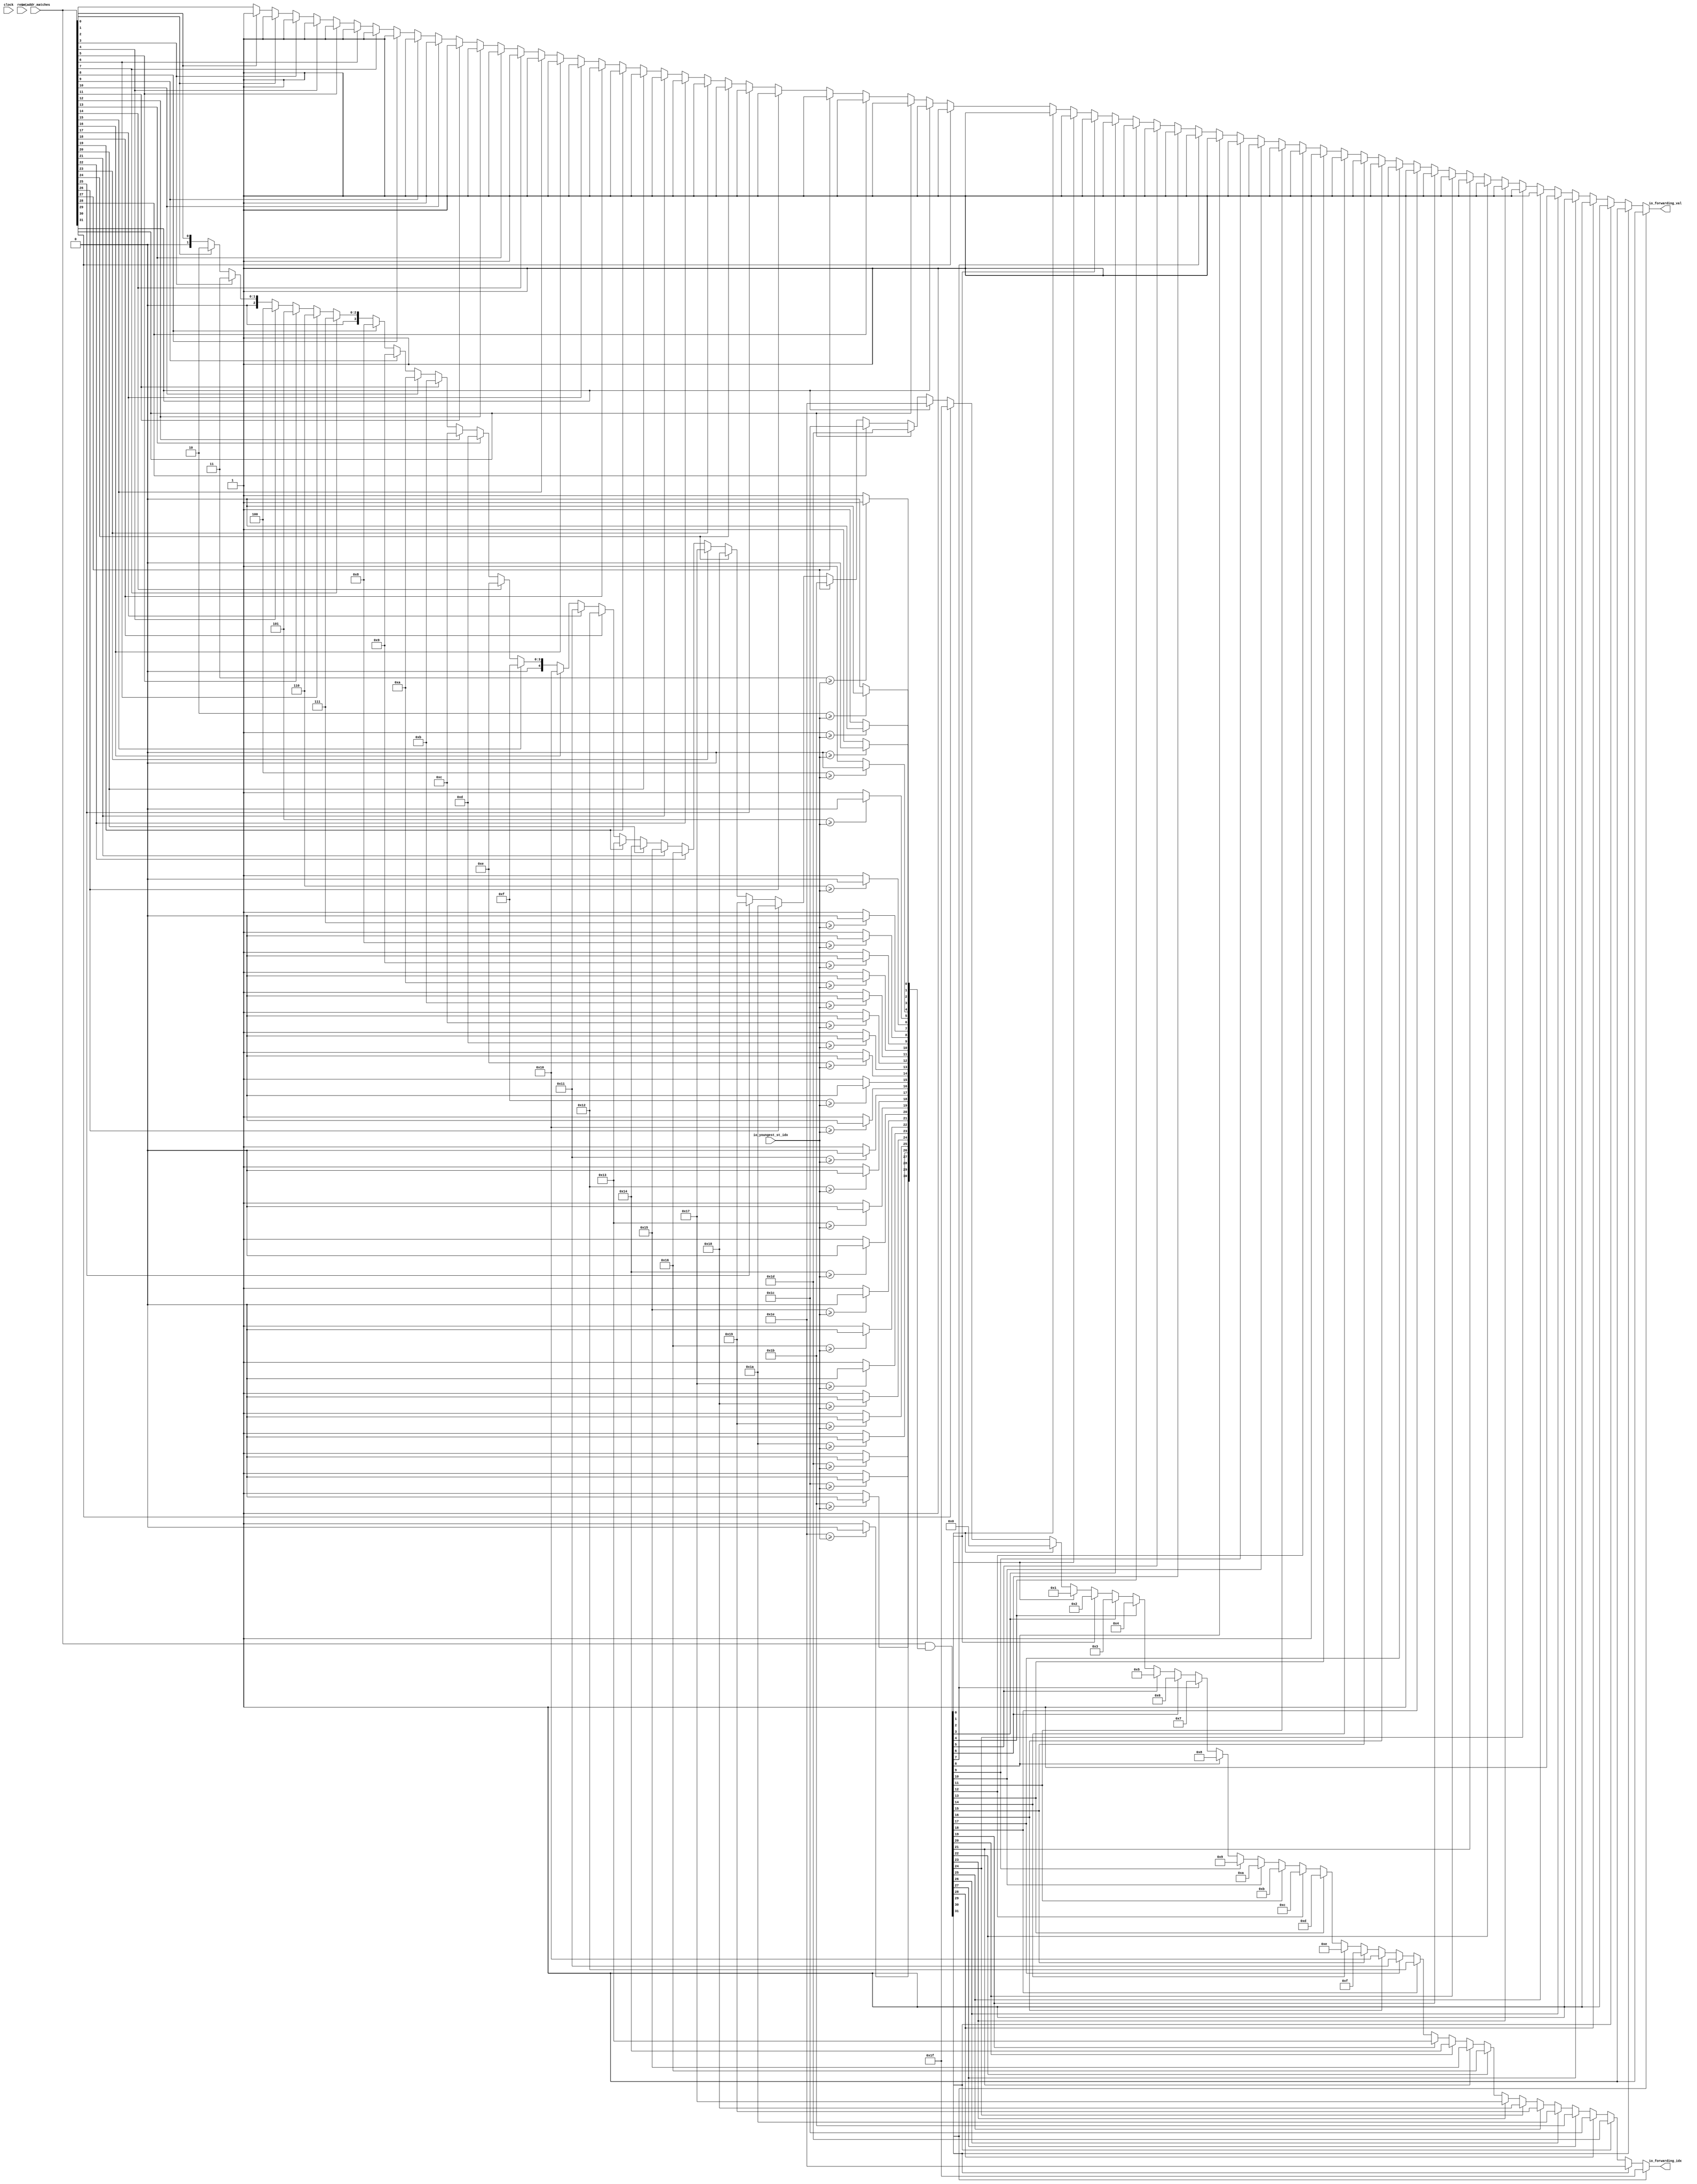
module ForwardingAgeLogic(
  input   clock,
  input   reset,
  input  [31:0] io_addr_matches,
  input  [4:0] io_youngest_st_idx,
  output  io_forwarding_val,
  output [4:0] io_forwarding_idx
);
  wire  age_mask_0;
  wire  age_mask_1;
  wire  age_mask_2;
  wire  age_mask_3;
  wire  age_mask_4;
  wire  age_mask_5;
  wire  age_mask_6;
  wire  age_mask_7;
  wire  age_mask_8;
  wire  age_mask_9;
  wire  age_mask_10;
  wire  age_mask_11;
  wire  age_mask_12;
  wire  age_mask_13;
  wire  age_mask_14;
  wire  age_mask_15;
  wire  age_mask_16;
  wire  age_mask_17;
  wire  age_mask_18;
  wire  age_mask_19;
  wire  age_mask_20;
  wire  age_mask_21;
  wire  age_mask_22;
  wire  age_mask_23;
  wire  age_mask_24;
  wire  age_mask_25;
  wire  age_mask_26;
  wire  age_mask_27;
  wire  age_mask_28;
  wire  age_mask_29;
  wire  age_mask_30;
  wire  age_mask_31;
  wire  _T_18;
  wire  _GEN_0;
  wire  _T_22;
  wire  _GEN_1;
  wire  _T_26;
  wire  _GEN_2;
  wire  _T_30;
  wire  _GEN_3;
  wire  _T_34;
  wire  _GEN_4;
  wire  _T_38;
  wire  _GEN_5;
  wire  _T_42;
  wire  _GEN_6;
  wire  _T_46;
  wire  _GEN_7;
  wire  _T_50;
  wire  _GEN_8;
  wire  _T_54;
  wire  _GEN_9;
  wire  _T_58;
  wire  _GEN_10;
  wire  _T_62;
  wire  _GEN_11;
  wire  _T_66;
  wire  _GEN_12;
  wire  _T_70;
  wire  _GEN_13;
  wire  _T_74;
  wire  _GEN_14;
  wire  _T_78;
  wire  _GEN_15;
  wire  _T_82;
  wire  _GEN_16;
  wire  _T_86;
  wire  _GEN_17;
  wire  _T_90;
  wire  _GEN_18;
  wire  _T_94;
  wire  _GEN_19;
  wire  _T_98;
  wire  _GEN_20;
  wire  _T_102;
  wire  _GEN_21;
  wire  _T_106;
  wire  _GEN_22;
  wire  _T_110;
  wire  _GEN_23;
  wire  _T_114;
  wire  _GEN_24;
  wire  _T_118;
  wire  _GEN_25;
  wire  _T_122;
  wire  _GEN_26;
  wire  _T_126;
  wire  _GEN_27;
  wire  _T_130;
  wire  _GEN_28;
  wire  _T_134;
  wire  _GEN_29;
  wire  _T_138;
  wire  _GEN_30;
  wire [63:0] matches$;
  wire [1:0] _T_145;
  wire [1:0] _T_146;
  wire [3:0] _T_147;
  wire [1:0] _T_148;
  wire [1:0] _T_149;
  wire [3:0] _T_150;
  wire [7:0] _T_151;
  wire [1:0] _T_152;
  wire [1:0] _T_153;
  wire [3:0] _T_154;
  wire [1:0] _T_155;
  wire [1:0] _T_156;
  wire [3:0] _T_157;
  wire [7:0] _T_158;
  wire [15:0] _T_159;
  wire [1:0] _T_160;
  wire [1:0] _T_161;
  wire [3:0] _T_162;
  wire [1:0] _T_163;
  wire [1:0] _T_164;
  wire [3:0] _T_165;
  wire [7:0] _T_166;
  wire [1:0] _T_167;
  wire [1:0] _T_168;
  wire [3:0] _T_169;
  wire [1:0] _T_170;
  wire [1:0] _T_171;
  wire [3:0] _T_172;
  wire [7:0] _T_173;
  wire [15:0] _T_174;
  wire [31:0] _T_175;
  wire [31:0] _T_176;
  wire [63:0] _T_177;
  wire  found_match;
  wire  _T_181;
  wire  _T_184;
  wire  _GEN_34;
  wire  _T_187;
  wire  _GEN_36;
  wire [1:0] _GEN_37;
  wire  _T_190;
  wire  _GEN_38;
  wire [1:0] _GEN_39;
  wire  _T_193;
  wire  _GEN_40;
  wire [2:0] _GEN_41;
  wire  _T_196;
  wire  _GEN_42;
  wire [2:0] _GEN_43;
  wire  _T_199;
  wire  _GEN_44;
  wire [2:0] _GEN_45;
  wire  _T_202;
  wire  _GEN_46;
  wire [2:0] _GEN_47;
  wire  _T_205;
  wire  _GEN_48;
  wire [3:0] _GEN_49;
  wire  _T_208;
  wire  _GEN_50;
  wire [3:0] _GEN_51;
  wire  _T_211;
  wire  _GEN_52;
  wire [3:0] _GEN_53;
  wire  _T_214;
  wire  _GEN_54;
  wire [3:0] _GEN_55;
  wire  _T_217;
  wire  _GEN_56;
  wire [3:0] _GEN_57;
  wire  _T_220;
  wire  _GEN_58;
  wire [3:0] _GEN_59;
  wire  _T_223;
  wire  _GEN_60;
  wire [3:0] _GEN_61;
  wire  _T_226;
  wire  _GEN_62;
  wire [3:0] _GEN_63;
  wire  _T_229;
  wire  _GEN_64;
  wire [4:0] _GEN_65;
  wire  _T_232;
  wire  _GEN_66;
  wire [4:0] _GEN_67;
  wire  _T_235;
  wire  _GEN_68;
  wire [4:0] _GEN_69;
  wire  _T_238;
  wire  _GEN_70;
  wire [4:0] _GEN_71;
  wire  _T_241;
  wire  _GEN_72;
  wire [4:0] _GEN_73;
  wire  _T_244;
  wire  _GEN_74;
  wire [4:0] _GEN_75;
  wire  _T_247;
  wire  _GEN_76;
  wire [4:0] _GEN_77;
  wire  _T_250;
  wire  _GEN_78;
  wire [4:0] _GEN_79;
  wire  _T_253;
  wire  _GEN_80;
  wire [4:0] _GEN_81;
  wire  _T_256;
  wire  _GEN_82;
  wire [4:0] _GEN_83;
  wire  _T_259;
  wire  _GEN_84;
  wire [4:0] _GEN_85;
  wire  _T_262;
  wire  _GEN_86;
  wire [4:0] _GEN_87;
  wire  _T_265;
  wire  _GEN_88;
  wire [4:0] _GEN_89;
  wire  _T_268;
  wire  _GEN_90;
  wire [4:0] _GEN_91;
  wire  _T_271;
  wire  _GEN_92;
  wire [4:0] _GEN_93;
  wire  _T_274;
  wire  _GEN_94;
  wire [4:0] _GEN_95;
  wire  _T_277;
  wire  _GEN_96;
  wire [4:0] _GEN_97;
  wire  _T_280;
  wire  _GEN_98;
  wire [4:0] _GEN_99;
  wire  _T_283;
  wire  _GEN_100;
  wire [4:0] _GEN_101;
  wire  _T_286;
  wire  _GEN_102;
  wire [4:0] _GEN_103;
  wire  _T_289;
  wire  _GEN_104;
  wire [4:0] _GEN_105;
  wire  _T_292;
  wire  _GEN_106;
  wire [4:0] _GEN_107;
  wire  _T_295;
  wire  _GEN_108;
  wire [4:0] _GEN_109;
  wire  _T_298;
  wire  _GEN_110;
  wire [4:0] _GEN_111;
  wire  _T_301;
  wire  _GEN_112;
  wire [4:0] _GEN_113;
  wire  _T_304;
  wire  _GEN_114;
  wire [4:0] _GEN_115;
  wire  _T_307;
  wire  _GEN_116;
  wire [4:0] _GEN_117;
  wire  _T_310;
  wire  _GEN_118;
  wire [4:0] _GEN_119;
  wire  _T_313;
  wire  _GEN_120;
  wire [4:0] _GEN_121;
  wire  _T_316;
  wire  _GEN_122;
  wire [4:0] _GEN_123;
  wire  _T_319;
  wire  _GEN_124;
  wire [4:0] _GEN_125;
  wire  _T_322;
  wire  _GEN_126;
  wire [4:0] _GEN_127;
  wire  _T_325;
  wire  _GEN_128;
  wire [4:0] _GEN_129;
  wire  _T_328;
  wire  _GEN_130;
  wire [4:0] _GEN_131;
  wire  _T_331;
  wire  _GEN_132;
  wire [4:0] _GEN_133;
  wire  _T_334;
  wire  _GEN_134;
  wire [4:0] _GEN_135;
  wire  _T_337;
  wire  _GEN_136;
  wire [4:0] _GEN_137;
  wire  _T_340;
  wire  _GEN_138;
  wire [4:0] _GEN_139;
  wire  _T_343;
  wire  _GEN_140;
  wire [4:0] _GEN_141;
  wire  _T_346;
  wire  _GEN_142;
  wire [4:0] _GEN_143;
  wire  _T_349;
  wire  _GEN_144;
  wire [4:0] _GEN_145;
  wire  _T_352;
  wire  _GEN_146;
  wire [4:0] _GEN_147;
  wire  _T_355;
  wire  _GEN_148;
  wire [4:0] _GEN_149;
  wire  _T_358;
  wire  _GEN_150;
  wire [4:0] _GEN_151;
  wire  _T_361;
  wire  _GEN_152;
  wire [4:0] _GEN_153;
  wire  _T_364;
  wire  _GEN_154;
  wire [4:0] _GEN_155;
  wire  _T_367;
  wire  _GEN_156;
  wire [4:0] _GEN_157;
  wire  _T_370;
  wire  _GEN_158;
  wire [4:0] _GEN_159;
  assign io_forwarding_val = found_match;
  assign io_forwarding_idx = _GEN_159;
  assign age_mask_0 = _GEN_0;
  assign age_mask_1 = _GEN_1;
  assign age_mask_2 = _GEN_2;
  assign age_mask_3 = _GEN_3;
  assign age_mask_4 = _GEN_4;
  assign age_mask_5 = _GEN_5;
  assign age_mask_6 = _GEN_6;
  assign age_mask_7 = _GEN_7;
  assign age_mask_8 = _GEN_8;
  assign age_mask_9 = _GEN_9;
  assign age_mask_10 = _GEN_10;
  assign age_mask_11 = _GEN_11;
  assign age_mask_12 = _GEN_12;
  assign age_mask_13 = _GEN_13;
  assign age_mask_14 = _GEN_14;
  assign age_mask_15 = _GEN_15;
  assign age_mask_16 = _GEN_16;
  assign age_mask_17 = _GEN_17;
  assign age_mask_18 = _GEN_18;
  assign age_mask_19 = _GEN_19;
  assign age_mask_20 = _GEN_20;
  assign age_mask_21 = _GEN_21;
  assign age_mask_22 = _GEN_22;
  assign age_mask_23 = _GEN_23;
  assign age_mask_24 = _GEN_24;
  assign age_mask_25 = _GEN_25;
  assign age_mask_26 = _GEN_26;
  assign age_mask_27 = _GEN_27;
  assign age_mask_28 = _GEN_28;
  assign age_mask_29 = _GEN_29;
  assign age_mask_30 = _GEN_30;
  assign age_mask_31 = 1'h0;
  assign _T_18 = 5'h0 >= io_youngest_st_idx;
  assign _GEN_0 = _T_18 ? 1'h0 : 1'h1;
  assign _T_22 = 5'h1 >= io_youngest_st_idx;
  assign _GEN_1 = _T_22 ? 1'h0 : 1'h1;
  assign _T_26 = 5'h2 >= io_youngest_st_idx;
  assign _GEN_2 = _T_26 ? 1'h0 : 1'h1;
  assign _T_30 = 5'h3 >= io_youngest_st_idx;
  assign _GEN_3 = _T_30 ? 1'h0 : 1'h1;
  assign _T_34 = 5'h4 >= io_youngest_st_idx;
  assign _GEN_4 = _T_34 ? 1'h0 : 1'h1;
  assign _T_38 = 5'h5 >= io_youngest_st_idx;
  assign _GEN_5 = _T_38 ? 1'h0 : 1'h1;
  assign _T_42 = 5'h6 >= io_youngest_st_idx;
  assign _GEN_6 = _T_42 ? 1'h0 : 1'h1;
  assign _T_46 = 5'h7 >= io_youngest_st_idx;
  assign _GEN_7 = _T_46 ? 1'h0 : 1'h1;
  assign _T_50 = 5'h8 >= io_youngest_st_idx;
  assign _GEN_8 = _T_50 ? 1'h0 : 1'h1;
  assign _T_54 = 5'h9 >= io_youngest_st_idx;
  assign _GEN_9 = _T_54 ? 1'h0 : 1'h1;
  assign _T_58 = 5'ha >= io_youngest_st_idx;
  assign _GEN_10 = _T_58 ? 1'h0 : 1'h1;
  assign _T_62 = 5'hb >= io_youngest_st_idx;
  assign _GEN_11 = _T_62 ? 1'h0 : 1'h1;
  assign _T_66 = 5'hc >= io_youngest_st_idx;
  assign _GEN_12 = _T_66 ? 1'h0 : 1'h1;
  assign _T_70 = 5'hd >= io_youngest_st_idx;
  assign _GEN_13 = _T_70 ? 1'h0 : 1'h1;
  assign _T_74 = 5'he >= io_youngest_st_idx;
  assign _GEN_14 = _T_74 ? 1'h0 : 1'h1;
  assign _T_78 = 5'hf >= io_youngest_st_idx;
  assign _GEN_15 = _T_78 ? 1'h0 : 1'h1;
  assign _T_82 = 5'h10 >= io_youngest_st_idx;
  assign _GEN_16 = _T_82 ? 1'h0 : 1'h1;
  assign _T_86 = 5'h11 >= io_youngest_st_idx;
  assign _GEN_17 = _T_86 ? 1'h0 : 1'h1;
  assign _T_90 = 5'h12 >= io_youngest_st_idx;
  assign _GEN_18 = _T_90 ? 1'h0 : 1'h1;
  assign _T_94 = 5'h13 >= io_youngest_st_idx;
  assign _GEN_19 = _T_94 ? 1'h0 : 1'h1;
  assign _T_98 = 5'h14 >= io_youngest_st_idx;
  assign _GEN_20 = _T_98 ? 1'h0 : 1'h1;
  assign _T_102 = 5'h15 >= io_youngest_st_idx;
  assign _GEN_21 = _T_102 ? 1'h0 : 1'h1;
  assign _T_106 = 5'h16 >= io_youngest_st_idx;
  assign _GEN_22 = _T_106 ? 1'h0 : 1'h1;
  assign _T_110 = 5'h17 >= io_youngest_st_idx;
  assign _GEN_23 = _T_110 ? 1'h0 : 1'h1;
  assign _T_114 = 5'h18 >= io_youngest_st_idx;
  assign _GEN_24 = _T_114 ? 1'h0 : 1'h1;
  assign _T_118 = 5'h19 >= io_youngest_st_idx;
  assign _GEN_25 = _T_118 ? 1'h0 : 1'h1;
  assign _T_122 = 5'h1a >= io_youngest_st_idx;
  assign _GEN_26 = _T_122 ? 1'h0 : 1'h1;
  assign _T_126 = 5'h1b >= io_youngest_st_idx;
  assign _GEN_27 = _T_126 ? 1'h0 : 1'h1;
  assign _T_130 = 5'h1c >= io_youngest_st_idx;
  assign _GEN_28 = _T_130 ? 1'h0 : 1'h1;
  assign _T_134 = 5'h1d >= io_youngest_st_idx;
  assign _GEN_29 = _T_134 ? 1'h0 : 1'h1;
  assign _T_138 = 5'h1e >= io_youngest_st_idx;
  assign _GEN_30 = _T_138 ? 1'h0 : 1'h1;
  assign matches$ = _T_177;
  assign _T_145 = {age_mask_1,age_mask_0};
  assign _T_146 = {age_mask_3,age_mask_2};
  assign _T_147 = {_T_146,_T_145};
  assign _T_148 = {age_mask_5,age_mask_4};
  assign _T_149 = {age_mask_7,age_mask_6};
  assign _T_150 = {_T_149,_T_148};
  assign _T_151 = {_T_150,_T_147};
  assign _T_152 = {age_mask_9,age_mask_8};
  assign _T_153 = {age_mask_11,age_mask_10};
  assign _T_154 = {_T_153,_T_152};
  assign _T_155 = {age_mask_13,age_mask_12};
  assign _T_156 = {age_mask_15,age_mask_14};
  assign _T_157 = {_T_156,_T_155};
  assign _T_158 = {_T_157,_T_154};
  assign _T_159 = {_T_158,_T_151};
  assign _T_160 = {age_mask_17,age_mask_16};
  assign _T_161 = {age_mask_19,age_mask_18};
  assign _T_162 = {_T_161,_T_160};
  assign _T_163 = {age_mask_21,age_mask_20};
  assign _T_164 = {age_mask_23,age_mask_22};
  assign _T_165 = {_T_164,_T_163};
  assign _T_166 = {_T_165,_T_162};
  assign _T_167 = {age_mask_25,age_mask_24};
  assign _T_168 = {age_mask_27,age_mask_26};
  assign _T_169 = {_T_168,_T_167};
  assign _T_170 = {age_mask_29,age_mask_28};
  assign _T_171 = {age_mask_31,age_mask_30};
  assign _T_172 = {_T_171,_T_170};
  assign _T_173 = {_T_172,_T_169};
  assign _T_174 = {_T_173,_T_166};
  assign _T_175 = {_T_174,_T_159};
  assign _T_176 = io_addr_matches & _T_175;
  assign _T_177 = {_T_176,io_addr_matches};
  assign found_match = _GEN_158;
  assign _T_181 = matches$[0];
  assign _T_184 = matches$[1];
  assign _GEN_34 = _T_184 ? 1'h1 : _T_181;
  assign _T_187 = matches$[2];
  assign _GEN_36 = _T_187 ? 1'h1 : _GEN_34;
  assign _GEN_37 = _T_187 ? 2'h2 : {{1'd0}, _T_184};
  assign _T_190 = matches$[3];
  assign _GEN_38 = _T_190 ? 1'h1 : _GEN_36;
  assign _GEN_39 = _T_190 ? 2'h3 : _GEN_37;
  assign _T_193 = matches$[4];
  assign _GEN_40 = _T_193 ? 1'h1 : _GEN_38;
  assign _GEN_41 = _T_193 ? 3'h4 : {{1'd0}, _GEN_39};
  assign _T_196 = matches$[5];
  assign _GEN_42 = _T_196 ? 1'h1 : _GEN_40;
  assign _GEN_43 = _T_196 ? 3'h5 : _GEN_41;
  assign _T_199 = matches$[6];
  assign _GEN_44 = _T_199 ? 1'h1 : _GEN_42;
  assign _GEN_45 = _T_199 ? 3'h6 : _GEN_43;
  assign _T_202 = matches$[7];
  assign _GEN_46 = _T_202 ? 1'h1 : _GEN_44;
  assign _GEN_47 = _T_202 ? 3'h7 : _GEN_45;
  assign _T_205 = matches$[8];
  assign _GEN_48 = _T_205 ? 1'h1 : _GEN_46;
  assign _GEN_49 = _T_205 ? 4'h8 : {{1'd0}, _GEN_47};
  assign _T_208 = matches$[9];
  assign _GEN_50 = _T_208 ? 1'h1 : _GEN_48;
  assign _GEN_51 = _T_208 ? 4'h9 : _GEN_49;
  assign _T_211 = matches$[10];
  assign _GEN_52 = _T_211 ? 1'h1 : _GEN_50;
  assign _GEN_53 = _T_211 ? 4'ha : _GEN_51;
  assign _T_214 = matches$[11];
  assign _GEN_54 = _T_214 ? 1'h1 : _GEN_52;
  assign _GEN_55 = _T_214 ? 4'hb : _GEN_53;
  assign _T_217 = matches$[12];
  assign _GEN_56 = _T_217 ? 1'h1 : _GEN_54;
  assign _GEN_57 = _T_217 ? 4'hc : _GEN_55;
  assign _T_220 = matches$[13];
  assign _GEN_58 = _T_220 ? 1'h1 : _GEN_56;
  assign _GEN_59 = _T_220 ? 4'hd : _GEN_57;
  assign _T_223 = matches$[14];
  assign _GEN_60 = _T_223 ? 1'h1 : _GEN_58;
  assign _GEN_61 = _T_223 ? 4'he : _GEN_59;
  assign _T_226 = matches$[15];
  assign _GEN_62 = _T_226 ? 1'h1 : _GEN_60;
  assign _GEN_63 = _T_226 ? 4'hf : _GEN_61;
  assign _T_229 = matches$[16];
  assign _GEN_64 = _T_229 ? 1'h1 : _GEN_62;
  assign _GEN_65 = _T_229 ? 5'h10 : {{1'd0}, _GEN_63};
  assign _T_232 = matches$[17];
  assign _GEN_66 = _T_232 ? 1'h1 : _GEN_64;
  assign _GEN_67 = _T_232 ? 5'h11 : _GEN_65;
  assign _T_235 = matches$[18];
  assign _GEN_68 = _T_235 ? 1'h1 : _GEN_66;
  assign _GEN_69 = _T_235 ? 5'h12 : _GEN_67;
  assign _T_238 = matches$[19];
  assign _GEN_70 = _T_238 ? 1'h1 : _GEN_68;
  assign _GEN_71 = _T_238 ? 5'h13 : _GEN_69;
  assign _T_241 = matches$[20];
  assign _GEN_72 = _T_241 ? 1'h1 : _GEN_70;
  assign _GEN_73 = _T_241 ? 5'h14 : _GEN_71;
  assign _T_244 = matches$[21];
  assign _GEN_74 = _T_244 ? 1'h1 : _GEN_72;
  assign _GEN_75 = _T_244 ? 5'h15 : _GEN_73;
  assign _T_247 = matches$[22];
  assign _GEN_76 = _T_247 ? 1'h1 : _GEN_74;
  assign _GEN_77 = _T_247 ? 5'h16 : _GEN_75;
  assign _T_250 = matches$[23];
  assign _GEN_78 = _T_250 ? 1'h1 : _GEN_76;
  assign _GEN_79 = _T_250 ? 5'h17 : _GEN_77;
  assign _T_253 = matches$[24];
  assign _GEN_80 = _T_253 ? 1'h1 : _GEN_78;
  assign _GEN_81 = _T_253 ? 5'h18 : _GEN_79;
  assign _T_256 = matches$[25];
  assign _GEN_82 = _T_256 ? 1'h1 : _GEN_80;
  assign _GEN_83 = _T_256 ? 5'h19 : _GEN_81;
  assign _T_259 = matches$[26];
  assign _GEN_84 = _T_259 ? 1'h1 : _GEN_82;
  assign _GEN_85 = _T_259 ? 5'h1a : _GEN_83;
  assign _T_262 = matches$[27];
  assign _GEN_86 = _T_262 ? 1'h1 : _GEN_84;
  assign _GEN_87 = _T_262 ? 5'h1b : _GEN_85;
  assign _T_265 = matches$[28];
  assign _GEN_88 = _T_265 ? 1'h1 : _GEN_86;
  assign _GEN_89 = _T_265 ? 5'h1c : _GEN_87;
  assign _T_268 = matches$[29];
  assign _GEN_90 = _T_268 ? 1'h1 : _GEN_88;
  assign _GEN_91 = _T_268 ? 5'h1d : _GEN_89;
  assign _T_271 = matches$[30];
  assign _GEN_92 = _T_271 ? 1'h1 : _GEN_90;
  assign _GEN_93 = _T_271 ? 5'h1e : _GEN_91;
  assign _T_274 = matches$[31];
  assign _GEN_94 = _T_274 ? 1'h1 : _GEN_92;
  assign _GEN_95 = _T_274 ? 5'h1f : _GEN_93;
  assign _T_277 = matches$[32];
  assign _GEN_96 = _T_277 ? 1'h1 : _GEN_94;
  assign _GEN_97 = _T_277 ? 5'h0 : _GEN_95;
  assign _T_280 = matches$[33];
  assign _GEN_98 = _T_280 ? 1'h1 : _GEN_96;
  assign _GEN_99 = _T_280 ? 5'h1 : _GEN_97;
  assign _T_283 = matches$[34];
  assign _GEN_100 = _T_283 ? 1'h1 : _GEN_98;
  assign _GEN_101 = _T_283 ? 5'h2 : _GEN_99;
  assign _T_286 = matches$[35];
  assign _GEN_102 = _T_286 ? 1'h1 : _GEN_100;
  assign _GEN_103 = _T_286 ? 5'h3 : _GEN_101;
  assign _T_289 = matches$[36];
  assign _GEN_104 = _T_289 ? 1'h1 : _GEN_102;
  assign _GEN_105 = _T_289 ? 5'h4 : _GEN_103;
  assign _T_292 = matches$[37];
  assign _GEN_106 = _T_292 ? 1'h1 : _GEN_104;
  assign _GEN_107 = _T_292 ? 5'h5 : _GEN_105;
  assign _T_295 = matches$[38];
  assign _GEN_108 = _T_295 ? 1'h1 : _GEN_106;
  assign _GEN_109 = _T_295 ? 5'h6 : _GEN_107;
  assign _T_298 = matches$[39];
  assign _GEN_110 = _T_298 ? 1'h1 : _GEN_108;
  assign _GEN_111 = _T_298 ? 5'h7 : _GEN_109;
  assign _T_301 = matches$[40];
  assign _GEN_112 = _T_301 ? 1'h1 : _GEN_110;
  assign _GEN_113 = _T_301 ? 5'h8 : _GEN_111;
  assign _T_304 = matches$[41];
  assign _GEN_114 = _T_304 ? 1'h1 : _GEN_112;
  assign _GEN_115 = _T_304 ? 5'h9 : _GEN_113;
  assign _T_307 = matches$[42];
  assign _GEN_116 = _T_307 ? 1'h1 : _GEN_114;
  assign _GEN_117 = _T_307 ? 5'ha : _GEN_115;
  assign _T_310 = matches$[43];
  assign _GEN_118 = _T_310 ? 1'h1 : _GEN_116;
  assign _GEN_119 = _T_310 ? 5'hb : _GEN_117;
  assign _T_313 = matches$[44];
  assign _GEN_120 = _T_313 ? 1'h1 : _GEN_118;
  assign _GEN_121 = _T_313 ? 5'hc : _GEN_119;
  assign _T_316 = matches$[45];
  assign _GEN_122 = _T_316 ? 1'h1 : _GEN_120;
  assign _GEN_123 = _T_316 ? 5'hd : _GEN_121;
  assign _T_319 = matches$[46];
  assign _GEN_124 = _T_319 ? 1'h1 : _GEN_122;
  assign _GEN_125 = _T_319 ? 5'he : _GEN_123;
  assign _T_322 = matches$[47];
  assign _GEN_126 = _T_322 ? 1'h1 : _GEN_124;
  assign _GEN_127 = _T_322 ? 5'hf : _GEN_125;
  assign _T_325 = matches$[48];
  assign _GEN_128 = _T_325 ? 1'h1 : _GEN_126;
  assign _GEN_129 = _T_325 ? 5'h10 : _GEN_127;
  assign _T_328 = matches$[49];
  assign _GEN_130 = _T_328 ? 1'h1 : _GEN_128;
  assign _GEN_131 = _T_328 ? 5'h11 : _GEN_129;
  assign _T_331 = matches$[50];
  assign _GEN_132 = _T_331 ? 1'h1 : _GEN_130;
  assign _GEN_133 = _T_331 ? 5'h12 : _GEN_131;
  assign _T_334 = matches$[51];
  assign _GEN_134 = _T_334 ? 1'h1 : _GEN_132;
  assign _GEN_135 = _T_334 ? 5'h13 : _GEN_133;
  assign _T_337 = matches$[52];
  assign _GEN_136 = _T_337 ? 1'h1 : _GEN_134;
  assign _GEN_137 = _T_337 ? 5'h14 : _GEN_135;
  assign _T_340 = matches$[53];
  assign _GEN_138 = _T_340 ? 1'h1 : _GEN_136;
  assign _GEN_139 = _T_340 ? 5'h15 : _GEN_137;
  assign _T_343 = matches$[54];
  assign _GEN_140 = _T_343 ? 1'h1 : _GEN_138;
  assign _GEN_141 = _T_343 ? 5'h16 : _GEN_139;
  assign _T_346 = matches$[55];
  assign _GEN_142 = _T_346 ? 1'h1 : _GEN_140;
  assign _GEN_143 = _T_346 ? 5'h17 : _GEN_141;
  assign _T_349 = matches$[56];
  assign _GEN_144 = _T_349 ? 1'h1 : _GEN_142;
  assign _GEN_145 = _T_349 ? 5'h18 : _GEN_143;
  assign _T_352 = matches$[57];
  assign _GEN_146 = _T_352 ? 1'h1 : _GEN_144;
  assign _GEN_147 = _T_352 ? 5'h19 : _GEN_145;
  assign _T_355 = matches$[58];
  assign _GEN_148 = _T_355 ? 1'h1 : _GEN_146;
  assign _GEN_149 = _T_355 ? 5'h1a : _GEN_147;
  assign _T_358 = matches$[59];
  assign _GEN_150 = _T_358 ? 1'h1 : _GEN_148;
  assign _GEN_151 = _T_358 ? 5'h1b : _GEN_149;
  assign _T_361 = matches$[60];
  assign _GEN_152 = _T_361 ? 1'h1 : _GEN_150;
  assign _GEN_153 = _T_361 ? 5'h1c : _GEN_151;
  assign _T_364 = matches$[61];
  assign _GEN_154 = _T_364 ? 1'h1 : _GEN_152;
  assign _GEN_155 = _T_364 ? 5'h1d : _GEN_153;
  assign _T_367 = matches$[62];
  assign _GEN_156 = _T_367 ? 1'h1 : _GEN_154;
  assign _GEN_157 = _T_367 ? 5'h1e : _GEN_155;
  assign _T_370 = matches$[63];
  assign _GEN_158 = _T_370 ? 1'h1 : _GEN_156;
  assign _GEN_159 = _T_370 ? 5'h1f : _GEN_157;
endmodule